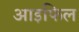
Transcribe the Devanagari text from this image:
आइफिल